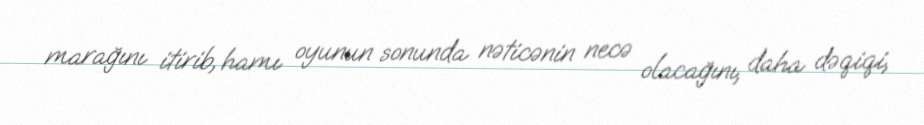
marağını itirib, hamı oyunun sonunda nəticənin necə olacağını, daha dəqiqi,